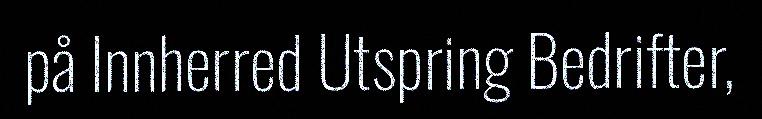
på Innherred Utspring Bedrifter,